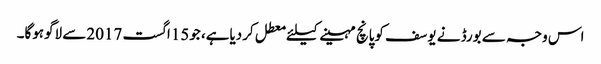
اس وجہ سے بورڈ نے یوسف کوپانچ مہینے کیلئے معطل کردیاہے، جو15اگست 2017سے لاگوہوگا۔